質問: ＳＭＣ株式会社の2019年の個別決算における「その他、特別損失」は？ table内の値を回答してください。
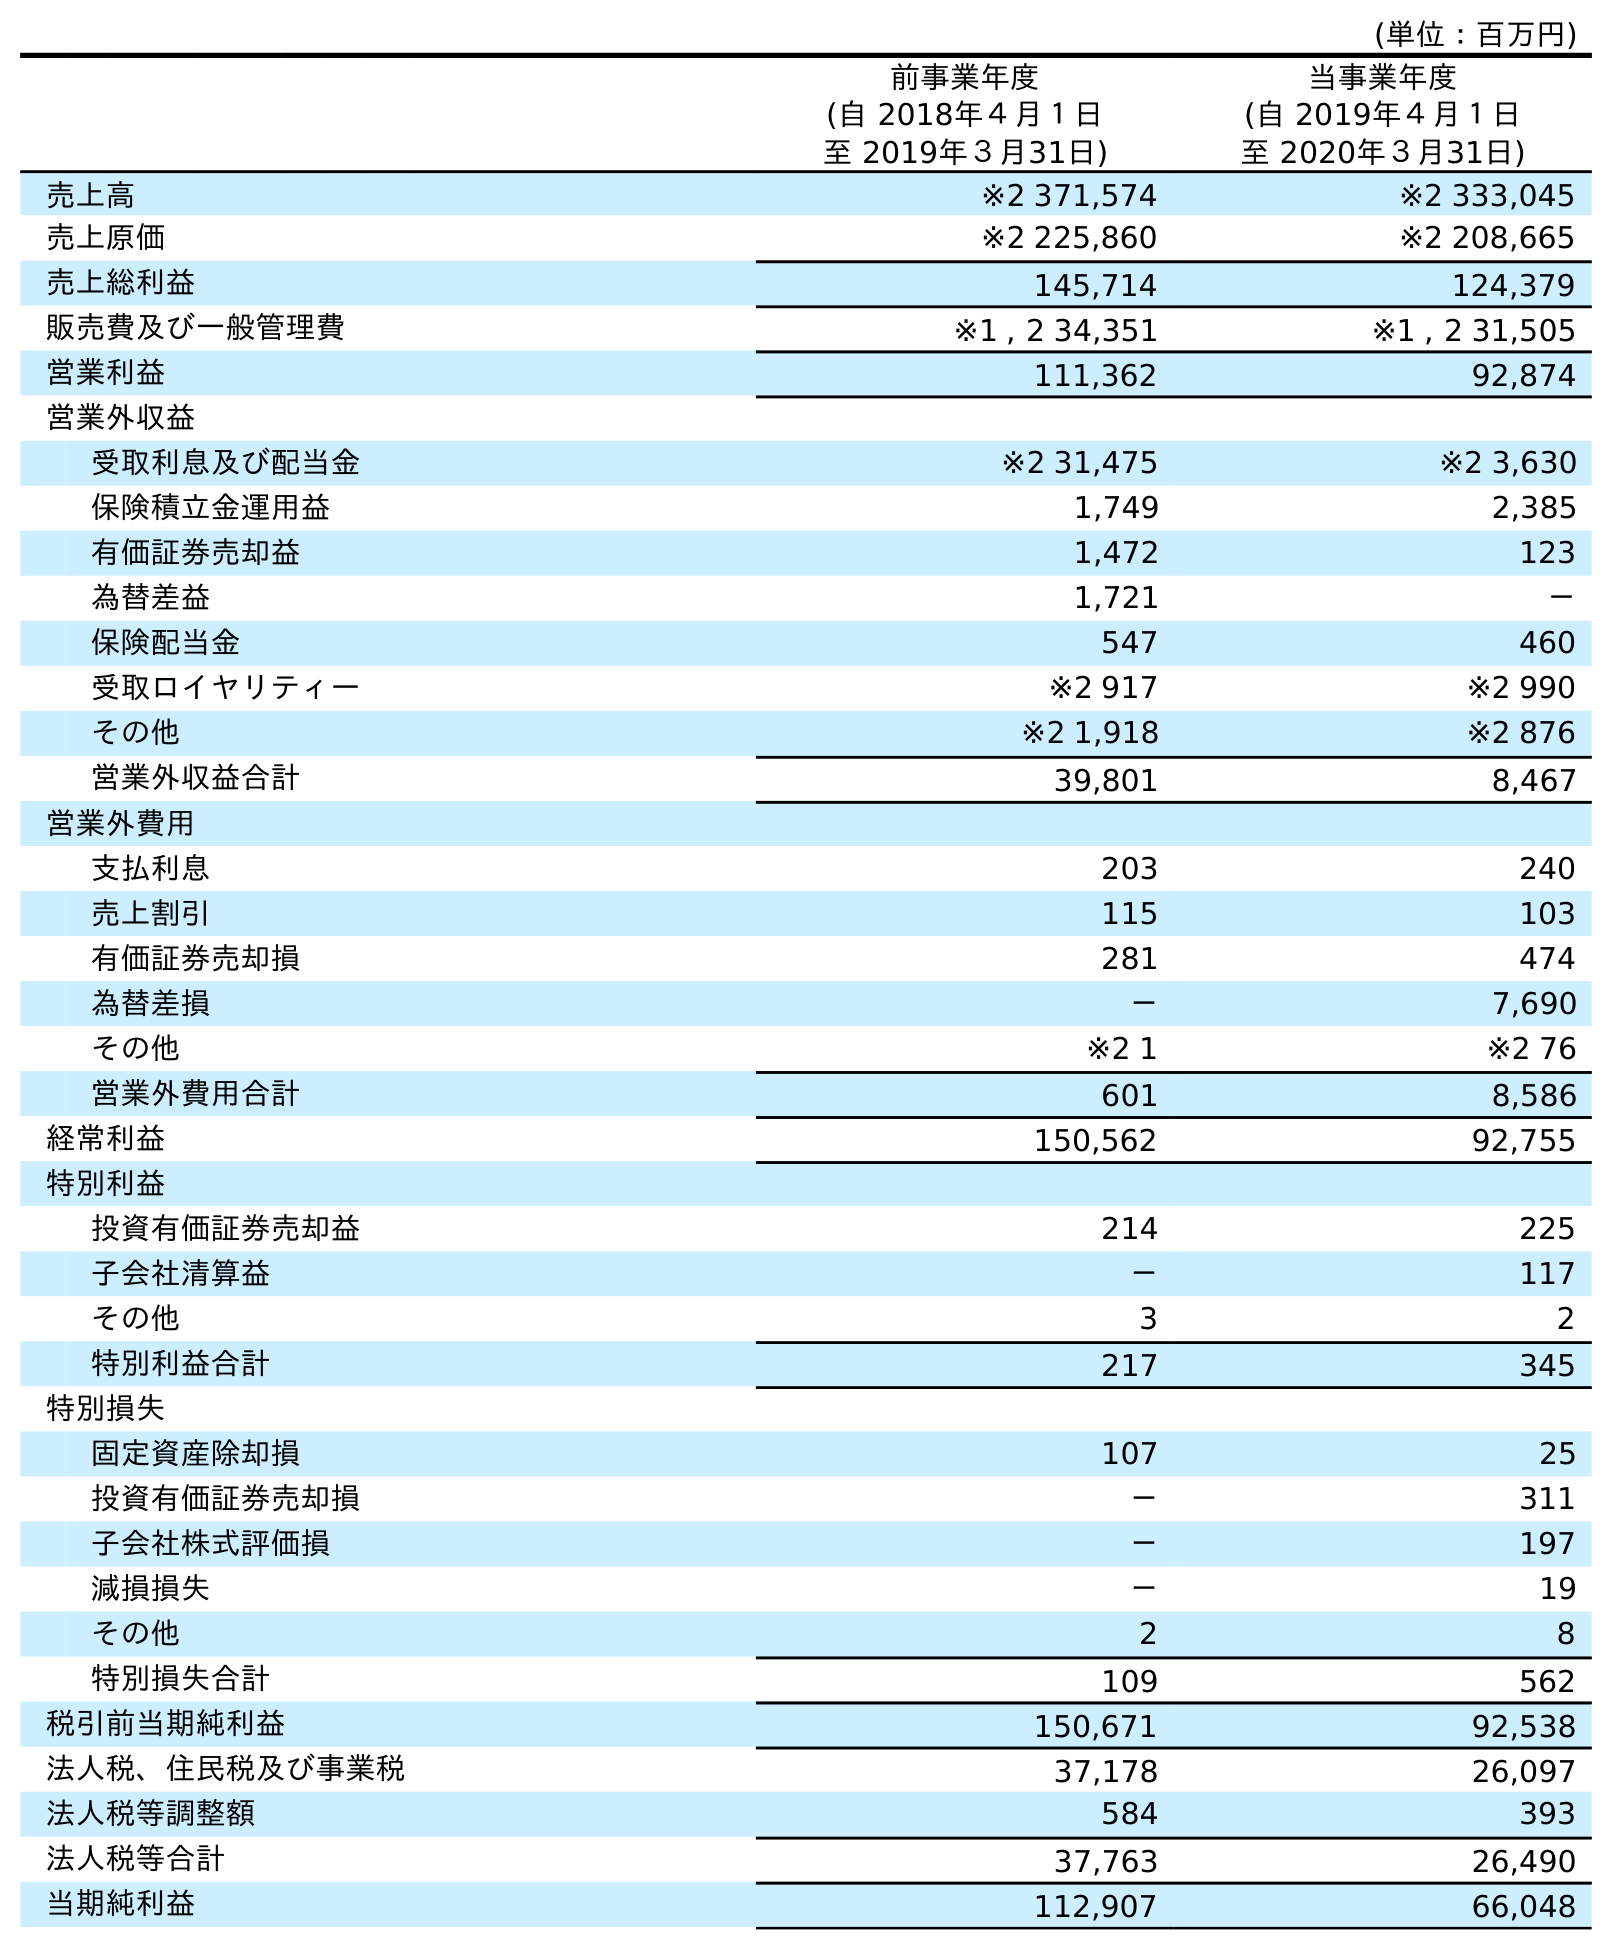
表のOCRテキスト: (単位：百万円) 前事業年度 (自 2018年４月１日 至 2019年３月31日) 当事業年度 (自 2019年４月１日 至 2020年３月31日) 売上高 ※2 371,574 ※2 333,045 売上原価 ※2 225,860 ※2 208,665 売上総利益 145,714 124,379 販売費及び一般管理費 ※1 , 2 34,351 ※1 , 2 31,505 営業利益 111,362 92,874 営業外収益 受取利息及び配当金 ※2 31,475 ※2 3,630 保険積立金運用益 1,749 2,385 有価証券売却益 1,472 123 為替差益 1,721 － 保険配当金 547 460 受取ロイヤリティー ※2 917 ※2 990 その他 ※2 1,918 ※2 876 営業外収益合計 39,801 8,467 営業外費用 支払利息 203 240 売上割引 115 103 有価証券売却損 281 474 為替差損 － 7,690 その他 ※2 1 ※2 76 営業外費用合計 601 8,586 経常利益 150,562 92,755 特別利益 投資有価証券売却益 214 225 子会社清算益 － 117 その他 3 2 特別利益合計 217 345 特別損失 固定資産除却損 107 25 投資有価証券売却損 － 311 子会社株式評価損 － 197 減損損失 － 19 その他 2 8 特別損失合計 109 562 税引前当期純利益 150,671 92,538 法人税、住民税及び事業税 37,178 26,097 法人税等調整額 584 393 法人税等合計 37,763 26,490 当期純利益 112,907 66,048
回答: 2